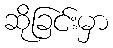
ဆိုခြင်းမှာ